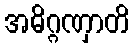
အဓိဂ္ဂဏှာတိ